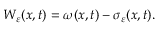
W _ { \varepsilon } ( x , t ) = \omega ( x , t ) - \sigma _ { \varepsilon } ( x , t ) .